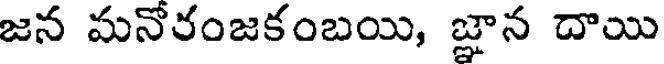
జన మనోరంజకంబయి, జ్ఞాన దాయి